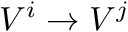
V ^ { i } \rightarrow V ^ { j }